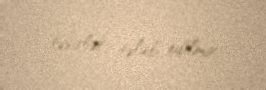
təsirlər tələb edilmir.